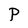
Character: P